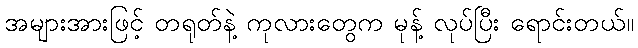
အများအားဖြင့် တရုတ်နဲ့ ကုလားတွေက မုန့် လုပ်ပြီး ရောင်းတယ်။